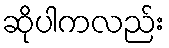
ဆိုပါကလည်း